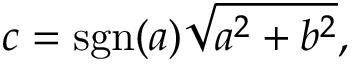
c = \operatorname { s g n } ( a ) { \sqrt { a ^ { 2 } + b ^ { 2 } } } ,